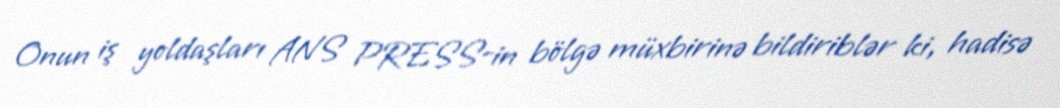
Onun iş yoldaşları ANS PRESS-in bölgə müxbirinə bildiriblər ki, hadisə